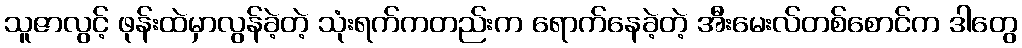
သူဇာလွင့် ဖုန်းထဲမှာလွန်ခဲ့တဲ့ သုံးရက်ကတည်းက ရောက်နေခဲ့တဲ့ အီးမေးလ်တစ်စောင်က ဒါတွေ